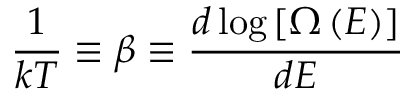
{ \frac { 1 } { k T } } \equiv \beta \equiv { \frac { d \log \left[ \Omega \left( E \right) \right] } { d E } }